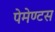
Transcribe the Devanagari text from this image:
पेमेण्टस